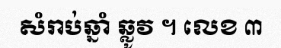
សំរាប់ឆ្នាំ ឆ្លូវ ។ លេខ ៣